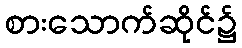
စားသောက်ဆိုင်၌